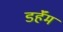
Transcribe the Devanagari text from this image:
डर्हॅम